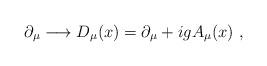
LaTeX: \begin{align*}\partial_\mu\longrightarrow D_\mu(x)=\partial_\mu+igA_\mu(x)\ ,\end{align*}